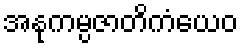
အနုကမ္ပဇာတိကံယေဝ